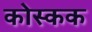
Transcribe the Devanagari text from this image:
कोस्कक